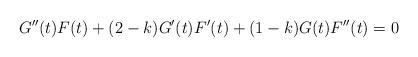
LaTeX: \begin{align*}G''(t)F(t) + (2-k)G'(t)F'(t) + (1-k)G(t)F''(t) = 0\end{align*}